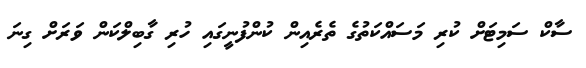
ސާކް ސަމިޓަށް ކުރި މަސައްކަތުގެ ތެރެއިން ކުންފުނީގައި ހުރި ގާބިލްކަން ވަރަށް ގިނަ